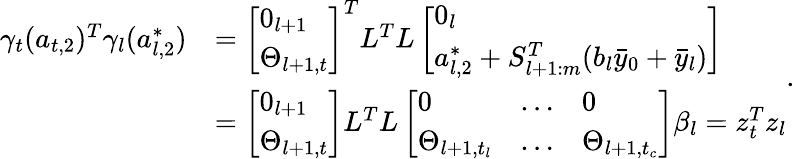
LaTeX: \begin{array}{rl}{\gamma_{t}(a_{t,2})^{T}\gamma_{l}(a_{l,2}^{*})}&{=\left[\begin{array}{l}{0_{l+1}}\\ {\Theta_{l+1,t}}\end{array}\right]^{T}L^{T}L\left[\begin{array}{l}{0_{l}}\\ {a_{l,2}^{*}+S_{l+1:m}^{T}(b_{l}\bar{y}_{0}+\bar{y}_{l})}\end{array}\right]}\\ &{=\left[\begin{array}{l}{0_{l+1}}\\ {\Theta_{l+1,t}}\end{array}\right]L^{T}L\left[\begin{array}{lll}{0}&{\dots}&{0}\\ {\Theta_{l+1,t_{l}}}&{\dots}&{\Theta_{l+1,t_{c}}}\end{array}\right]\beta_{l}=z_{t}^{T}z_{l}}\end{array}.